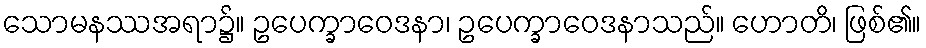
သောမနဿအရာ၌။ ဥပေက္ခာဝေဒနာ၊ ဥပေက္ခာဝေဒနာသည်။ ဟောတိ၊ ဖြစ်၏။